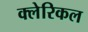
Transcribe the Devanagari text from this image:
क्लेरिकल